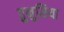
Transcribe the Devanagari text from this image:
तुनुसिया